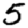
Digit: 5